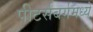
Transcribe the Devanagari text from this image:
पीटर्सबर्गमध्ये